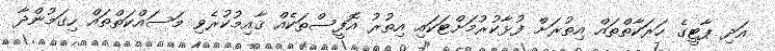
އަދި ޕާޓީގެ ހަރަކާތްތައް އިތުރަށް ފުޅާކުރުމަށްޓަކައި އިތުރު އޮފީސްތަކެއް ޤާއިމުކުރެވި މަސައްކަތްތައް ހިގަމުންދާ